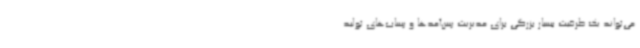
می‌تواند یک ظرفیت بسیار بزرگی برای مدیریت پس‌آمدها و پساب‌های تولید